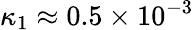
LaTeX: \kappa_{1}\approx 0.5\times 10^{-3}